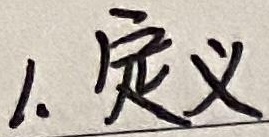
1. 定义